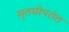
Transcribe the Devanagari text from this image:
मृतयोपरांत